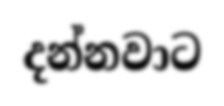
දන්නවාට